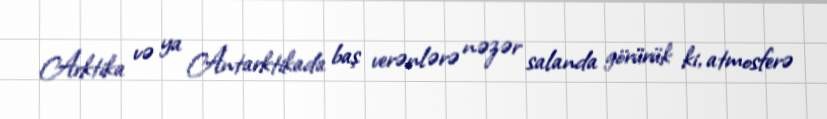
Arktika və ya Antarktikada baş verənlərə nəzər salanda görürük ki, atmosferə